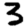
Digit: 3